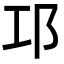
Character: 邛